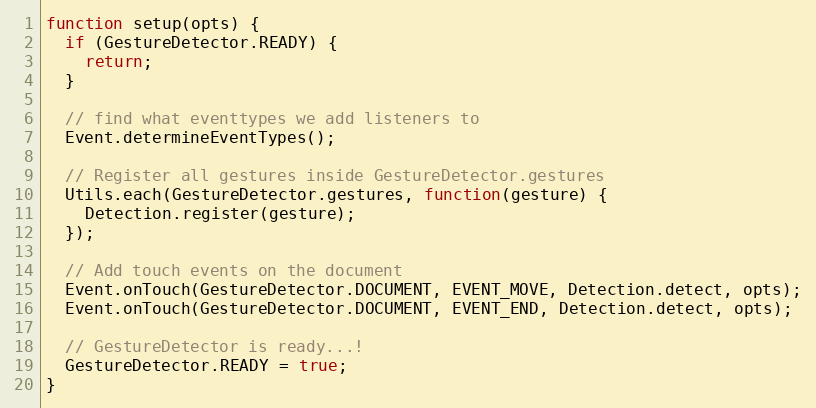
Language: JavaScript
function setup(opts) {
  if (GestureDetector.READY) {
    return;
  }

  // find what eventtypes we add listeners to
  Event.determineEventTypes();

  // Register all gestures inside GestureDetector.gestures
  Utils.each(GestureDetector.gestures, function(gesture) {
    Detection.register(gesture);
  });

  // Add touch events on the document
  Event.onTouch(GestureDetector.DOCUMENT, EVENT_MOVE, Detection.detect, opts);
  Event.onTouch(GestureDetector.DOCUMENT, EVENT_END, Detection.detect, opts);

  // GestureDetector is ready...!
  GestureDetector.READY = true;
}